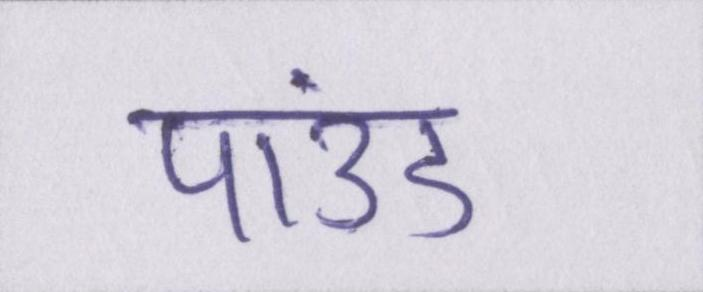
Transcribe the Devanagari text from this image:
पाउंड